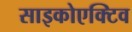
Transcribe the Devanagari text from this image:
साइकोएक्टिव